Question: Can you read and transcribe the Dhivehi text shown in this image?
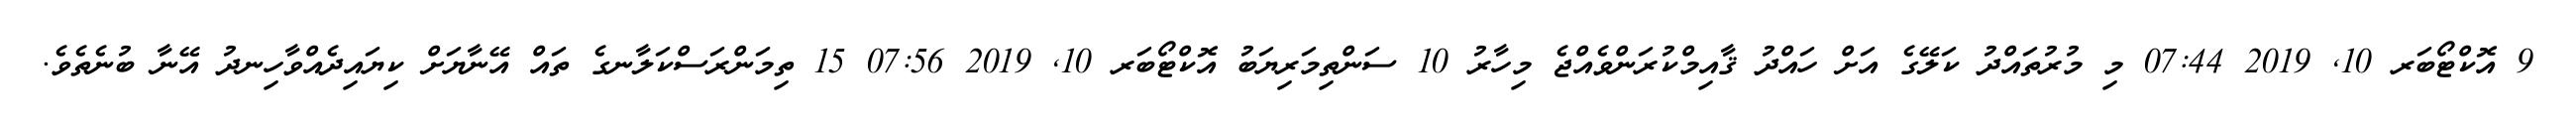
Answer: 9 އޮކްޓޯބަރ 10, 2019 07:44 މި މުރުތައްދު ކަލޭގެ އަށް ހައްދު ޤާއިމްކުރަންވެއްޖެ މިހާރު 10 ސަންތިމަރިޔަބު އޮކްޓޯބަރ 10, 2019 07:56 15 ތިމަންރަސްކަލާނގެ ތައް އޭނާޔަށް ކިޔައިދެއްވާހިނދު އޭނާ ބުނެތެވެ.